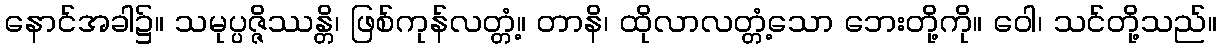
နောင်အခါ၌။ သမုပ္ပဇ္ဇိဿန္တိ၊ ဖြစ်ကုန်လတ္တံ့။ တာနိ၊ ထိုလာလတ္တံ့သော ဘေးတို့ကို။ ဝေါ၊ သင်တို့သည်။